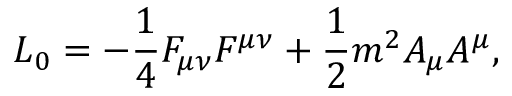
{ \cal L } _ { 0 } = - \frac { 1 } { 4 } F _ { \mu \nu } F ^ { \mu \nu } + \frac { 1 } { 2 } m ^ { 2 } A _ { \mu } A ^ { \mu } ,